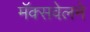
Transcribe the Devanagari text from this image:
मॅक्सवेलने